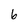
Character: 6